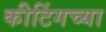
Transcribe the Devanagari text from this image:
कीटिंगच्या